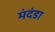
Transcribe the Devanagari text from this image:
मंदंडा